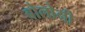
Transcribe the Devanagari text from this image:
बोलोनी